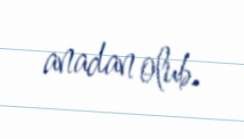
anadan olub.